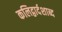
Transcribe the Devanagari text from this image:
कलिद्वार्दशाब्द